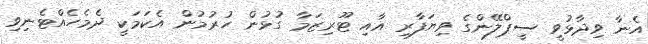
އެނާ ވިދާޅުވީ ސީޕްލޭންގެ ވިޔަފާރި އާއި ޓޫރިޒަމާ ގުޅުން ހުރުމުން އެކަމަކީ ދެމެހެއްޓެނިވި